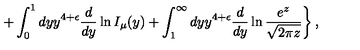
\left. + \int _ { 0 } ^ { 1 } d y y ^ { 4 + \epsilon } { \frac { d } { d y } } \ln I _ { \mu } ( y ) + \int _ { 1 } ^ { \infty } d y y ^ { 4 + \epsilon } { \frac { d } { d y } } \ln { \frac { e ^ { z } } { \sqrt { 2 \pi z } } } \right\} ,